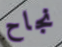
نجاح